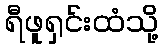
ရီဖူရှင်းထံသို့